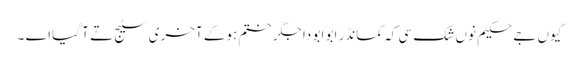
کیوں جے حکیم نوں شک سی کہ کمانڈر ابو ابو دا جگر ختم ہوکے آخری سٹیج تے آ گیا اے ۔